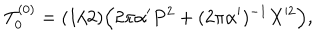
LaTeX: T _ { 0 } ^ { ( 0 ) } = ( 1 / 2 ) \Bigl ( 2 \pi \alpha ^ { \prime } P ^ { 2 } + ( 2 \pi \alpha ^ { \prime } ) ^ { - 1 } X ^ { 2 } \Bigr ) ,